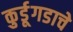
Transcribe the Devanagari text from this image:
कुर्डूगडाचे